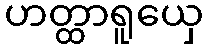
ဟတ္ထာရူယှေ